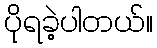
ပိုရခဲ့ပါတယ်။